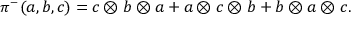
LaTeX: \pi ^ { - } ( a , b , c ) = c \otimes b \otimes a + a \otimes c \otimes b + b \otimes a \otimes c .